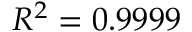
R ^ { 2 } = 0 . 9 9 9 9